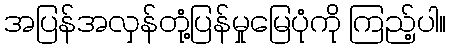
အပြန်အလှန်တုံ့ပြန်မှုမြေပုံကို ကြည့်ပါ။